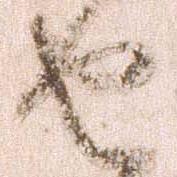
由